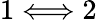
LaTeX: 1\Longleftrightarrow 2